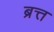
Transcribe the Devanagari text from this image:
ब्रत्त